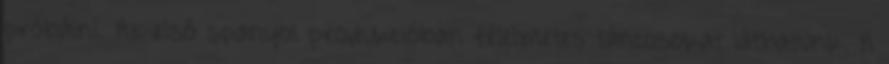
próbálni. Az első spanyol produkcióban félelmetes táncosokat láthatunk. A